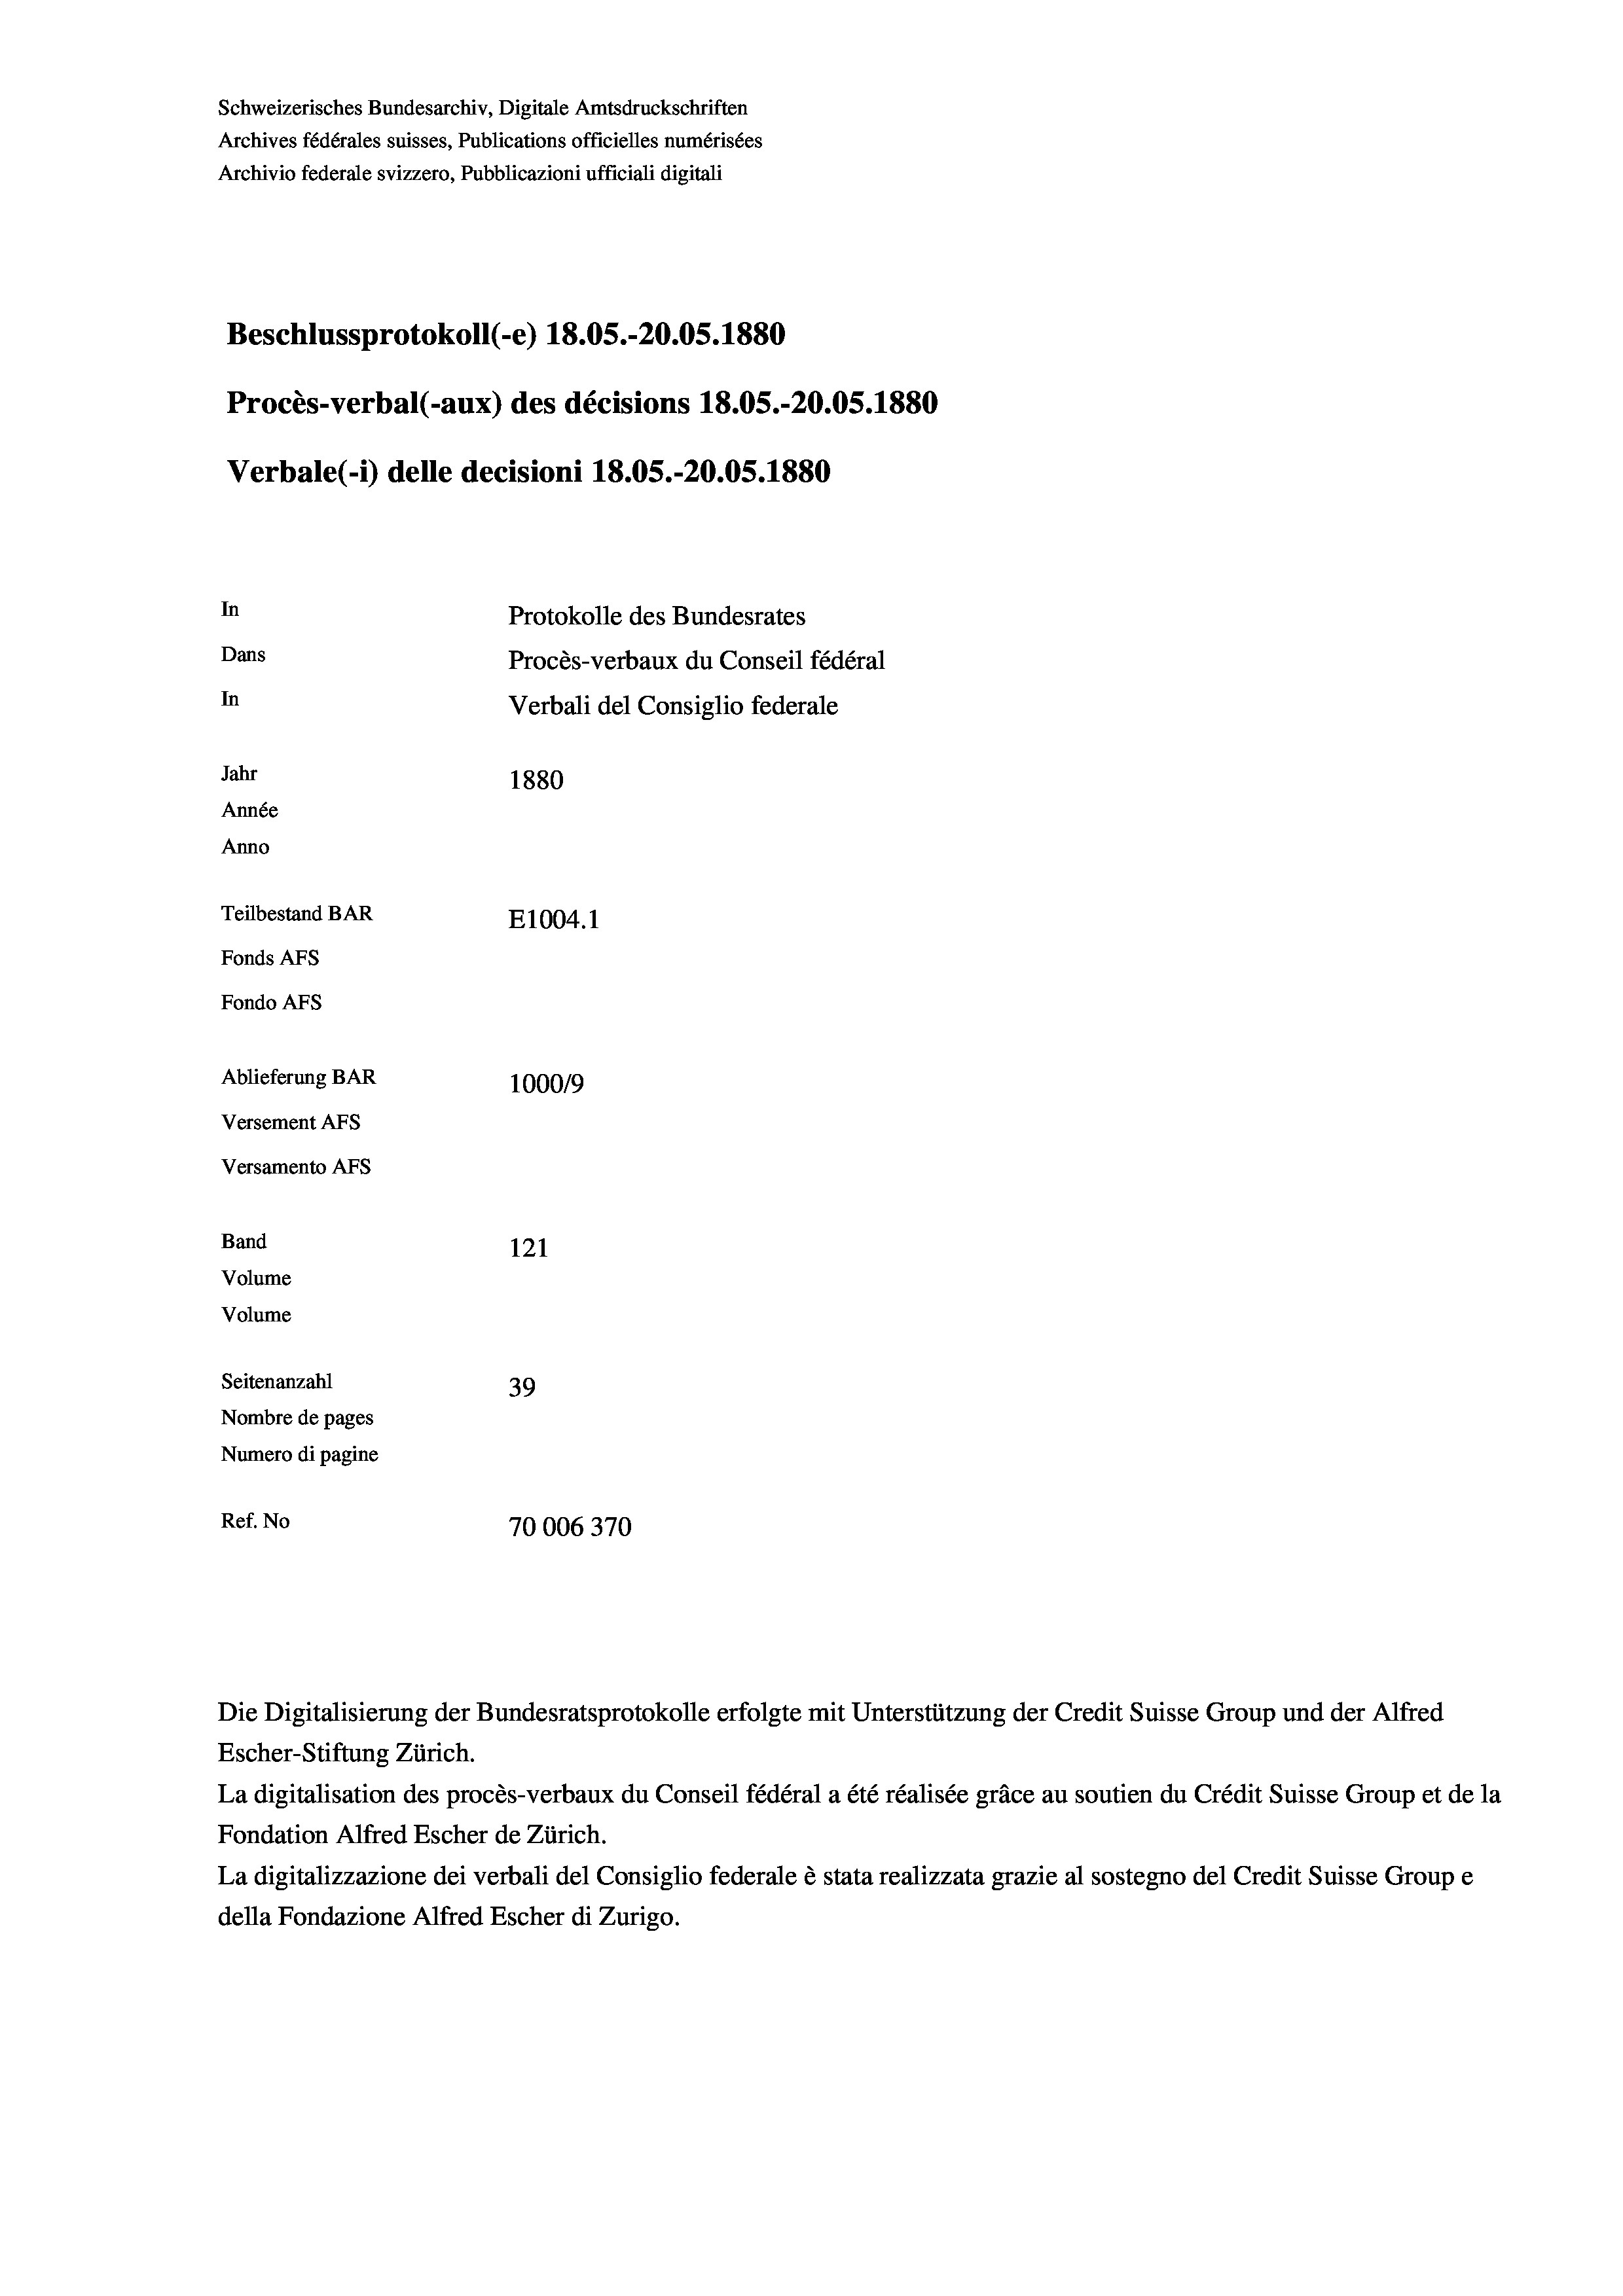
Schweizerisches Bundesarchiv, Digitale Amtsdruckschriften
Archives fédérales suisses, Publications officielles numérisées
Archivio federale svizzero, Pubblicazioni ufficiali digitali
Beschlussprotokoll (-e) 18.05.-20.05. 1880
Procès-verbal (-aux) des décisions 18.05.-20.05. 1880
Verbale(-*) delle decisioni 18.05.-20.05. 1880
In
Protokolle des Bundesrates
Dans
Procès-verbaux du Conseil fédéral
In
Verbali del Consiglio federale
Jahr
1880
Année
Anno
Teilbestand BAR
E1004. 1
Fonds AFs
Fondo AFS
Ablieferung BAR
100019
Versement AFs
Versamento Afs
Band
121
Volume
Volume

Seitenanzahl
39
Nombre de pages
Numero di pagine
Ref. No
70006370

Escher-Stiftung Zürich.
La digitalisation des procès-verbaux du Conseil fédéral a été réalisée gräce au soutien du Crédit Suisse Group et de la
Fondation Alfred Escher de Zürich.
La digitalizzazione dei verbali del Consiglio federale è stata realizzata grazie al sostegno del Credit Suisse Groupe
della Fondazione Alfred Escher di Zurigo.

Die Digitalisierung der Bundesratsprotokolle erfolgte mit Unterstützung der Credit Suisse Group und der Alfred